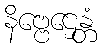
နိဗ္ဗေဌေန္တံ